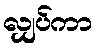
လျှပ်ကာ